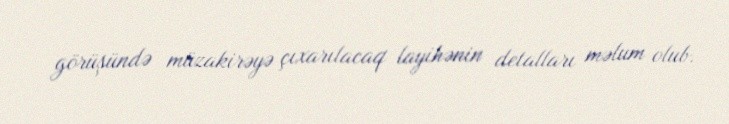
görüşündə müzakirəyə çıxarılacaq layihənin detalları məlum olub.